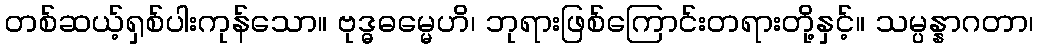
တစ်ဆယ့်ရှစ်ပါးကုန်သော။ ဗုဒ္ဓဓမ္မေဟိ၊ ဘုရားဖြစ်ကြောင်းတရားတို့နှင့်။ သမ္ပန္နာဂတာ၊